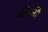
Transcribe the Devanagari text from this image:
चॉल्बी